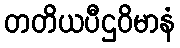
တတိယပီဌဝိမာနံ